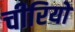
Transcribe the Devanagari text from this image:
चीरियो